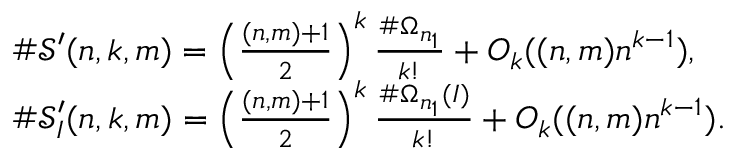
\begin{array} { r l } & { \# \mathcal { S } ^ { \prime } ( n , k , m ) = \left( \frac { ( n , m ) + 1 } { 2 } \right) ^ { k } \frac { \# \Omega _ { n _ { 1 } } } { k ! } + O _ { k } ( ( n , m ) n ^ { k - 1 } ) , } \\ & { \# \mathcal { S } _ { I } ^ { \prime } ( n , k , m ) = \left( \frac { ( n , m ) + 1 } { 2 } \right) ^ { k } \frac { \# \Omega _ { n _ { 1 } } ( I ) } { k ! } + O _ { k } ( ( n , m ) n ^ { k - 1 } ) . } \end{array}